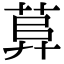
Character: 𦱱